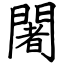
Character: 闍